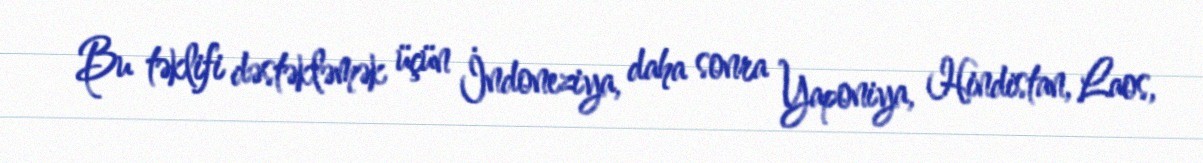
Bu təklifi dəstəkləmək üçün İndoneziya, daha sonra Yaponiya, Hindistan, Laos,